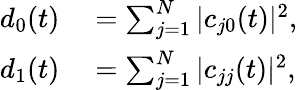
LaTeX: \begin{array}{rl}{d_{0}(t)}&{{}=\sum_{j=1}^{N}|c_{j0}(t)|^{2},}\\ {d_{1}(t)}&{{}=\sum_{j=1}^{N}|c_{jj}(t)|^{2},}\end{array}